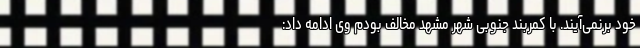
خود برنمی‌آیند. با کمربند جنوبی شهر مشهد مخالف بودم وی ادامه داد: